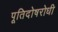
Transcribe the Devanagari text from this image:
पूतिदोषरोधी